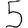
Digit: 5